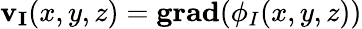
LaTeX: \mathbf{v_{I}}(x,y,z)=\mathbf{grad}(\phi_{I}(x,y,z))